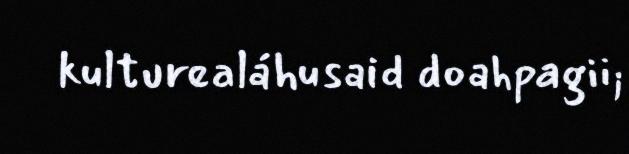
kulturealáhusaid doahpagii;